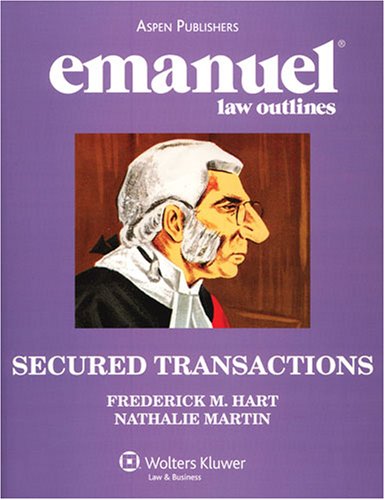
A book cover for Emanuel Law Outlines: Secured Transactions; Frederick M. Hart; Law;